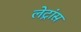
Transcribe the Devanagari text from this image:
लेट्रांस